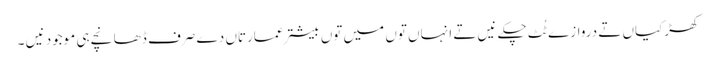
کھڑکیاں تے دروازے ٹُٹ چکے نیں تے انہاں تو‏ں میں تو‏ں بیشتر عمارتاں دے صرف ڈھانچے ہی موجود نیں ۔